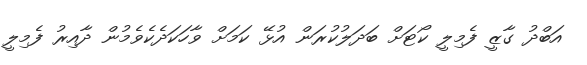
އަބްދު ގާޒީ ފެމިލީ ކޯޓަށް ބަދަލުކުރަން އުޅޭ ކަމަށް ވާހަކަދެކެވެމުން ދާއިރު ފެމިލީ